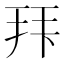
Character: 𭠠